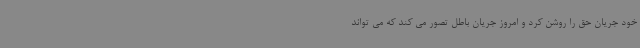
خود جریان حق را روشن کرد و امروز جریان باطل تصور می کند که می تواند